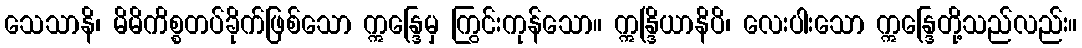
သေသာနိ၊ မိမိကိစ္စတပ်ခိုက်ဖြစ်သော ဣန္ဒြေမှ ကြွင်းကုန်သော။ ဣန္ဒြိယာနိပိ၊ လေးပါးသော ဣန္ဒြေတို့သည်လည်း။